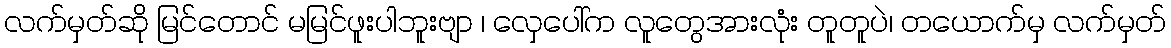
လက်မှတ်ဆို မြင်တောင် မမြင်ဖူးပါဘူးဗျာ ၊ လှေပေါ်က လူတွေအားလုံး တူတူပဲ၊ တယောက်မှ လက်မှတ်